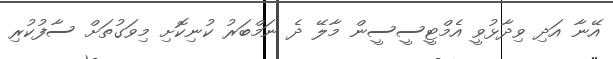
އޭނާ އަދި ވިދާޅުވީ އެމްޓީސީސީން މާލޭ ދެ ނަމްބަރު ކުނިކޮށި މިވަގުތަށް ސާފުކުރި